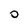
Character: 0